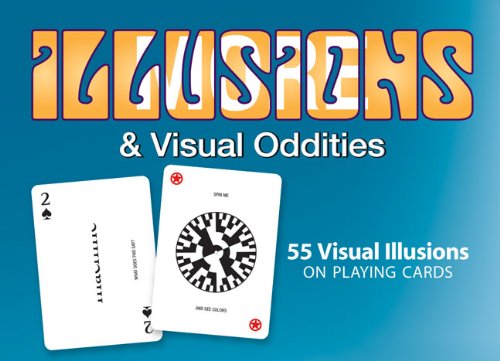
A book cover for More Optical Illusions & Visual Oddities; J. R. Block; Humor & Entertainment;